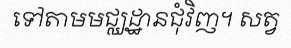
ទៅតាមមជ្ឈដ្ឋានជុំវិញ។ សត្វ